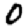
Digit: 0